Annual vaccination report of Bihar and Orissa - 1911-1928
Year: 1911
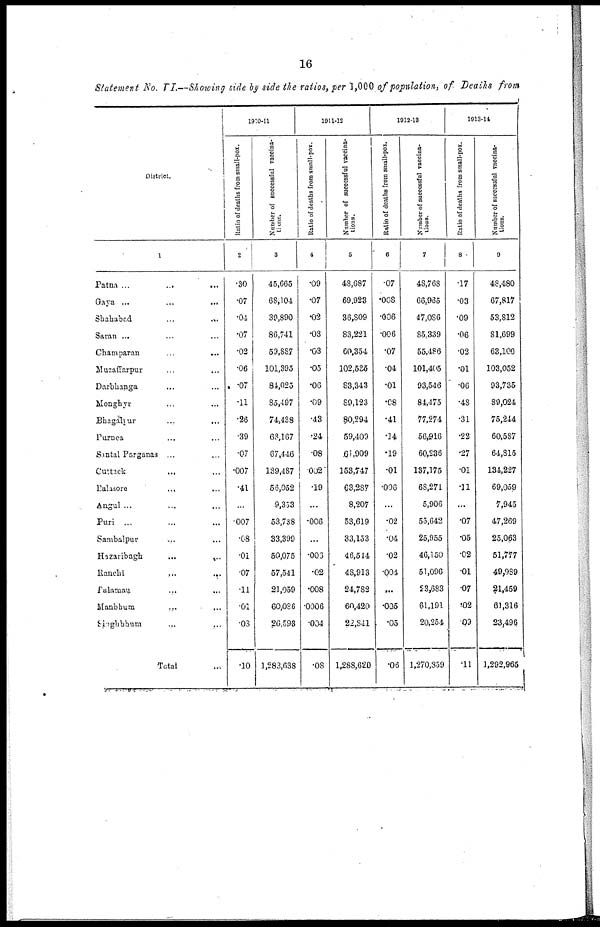
16
Statement No. VI.—Showing side by side the ratios, per 1,000 of population, of Deaths from
District.
1
Patna ... ...
Gaya ... ...
Shahabad
...
...
Saran ... ...
Champaran ... ...
Muzaffarpur ... ...
Darbhanga ... ...
Monghyr ... ...
Bhagalpur ... ...
Purnea ... ...
Santal Parganas ... ...
Cuttack ... ...
Balasore ... ...
Angul ... ...
Puri ... ...
Sambalpur ... ...
Hazaribagh
...
...
Ranchi
...
...
Palamau ... ...
Manbhum ... ...
Singhbhum ... ...
Total ...
1910-11
Ratio of deaths from small-pox.
2
.30
.07
.04
.07
.02
.06
.07
.11
.26
.39
.07
.007
.41
...
.007
.08
.01
.07
.11
.01
.03
.10
Number of successful vaccina-
tions.
3
45,665
68,104
39,890
86,741
59,887
101,395
84,025
85,497
74,438
63,167
67,446
139,487
56,052
9,353
53,738
33,399
50,075
57,541
21,059
60,086
26,593
1,283,638
1911-12
Ratio of deaths from small-pox.
4
.09
.07
.02
.03
.03
.05
.06
.09
.43
.24
.08
.002
.19
...
.006
...
.003
.02
.008
.0006
.004
.08
Number of successful vaccina-
tions.
5
48,687
69,923
36,809
83,221
60,354
102,525
83,343
89,123
80,294
59,409
61,909
153,747
63,287
8,207
53,619
33,153
46,514
48,913
24,782
60,420
22,741
1,288,620
1912-13
Ratio of deaths from small-pox.
6
.07
.008
.006
.006
.07
.04
.01
.08
.41
.14
.19
.01
.006
...
.02
.04
.02
.004
...
.005
.05
.06
Number of successful vaccina-
tions.
7
48,768
66,965
47,086
85,339
55,486
101,405
93,546
84,475
77,274
56,916
60,236
137,175
68,271
5,906
55,642
25,955
46,150
51,096
23,683
61,191
20,254
1,270,359
1913-14
Ratio of deaths from small-pox.
8
.17
.03
.09
.06
.02
.01
.06
.48
.31
.22
.27
.01
.11
...
.07
.05
.02
.01
.07
.02
.09
.11
Number of successful vaccina-
tions.
9
48,480
67,817
53,812
81,699
63,100
103,052
93,735
89,024
75,244
60,587
64,815
134,227
69,059
7,945
47,269
25,063
51,777
49,989
21,459
61,316
23,496
3,292,965